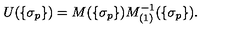
U ( \{ \sigma _ { p } \} ) = M ( \{ \sigma _ { p } \} ) M _ { ( 1 ) } ^ { - 1 } ( \{ \sigma _ { p } \} ) .